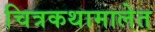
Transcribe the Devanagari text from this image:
चित्रकथामालेत